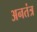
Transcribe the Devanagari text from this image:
अनतंत्र